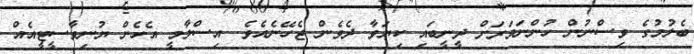
ބެލުމުގެ ވިސްނުން ހުންނަވަރަށް ދީނީބައި ކިޔަވާ ދެވެން ޖެހޭނެއެވެ. އިސްލާމީ އެހެން ޔުނިވާސީޓީއެއް